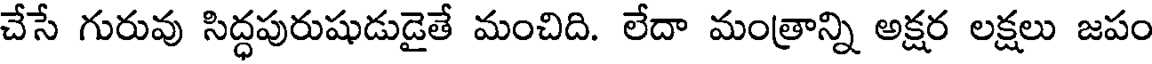
చేసే గురువు సిద్ధపురుషుడుడైతే మంచిది. లేదా మంత్రాన్ని అక్షర లక్షలు జపం